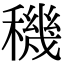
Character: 穖